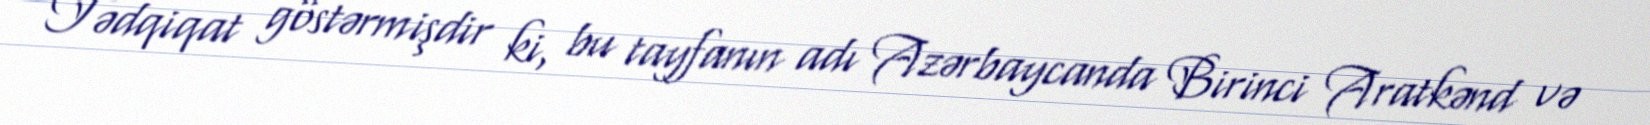
Tədqiqat göstərmişdir ki, bu tayfanın adı Azərbaycanda Birinci Aratkənd və